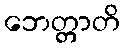
ဘေတ္တာတိ